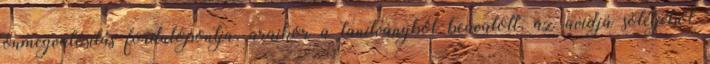
önmegvalósítás fordulópontja, araikor a tanítványból beavatott, az avidjá sötétjéből